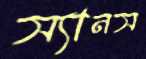
স্যানস